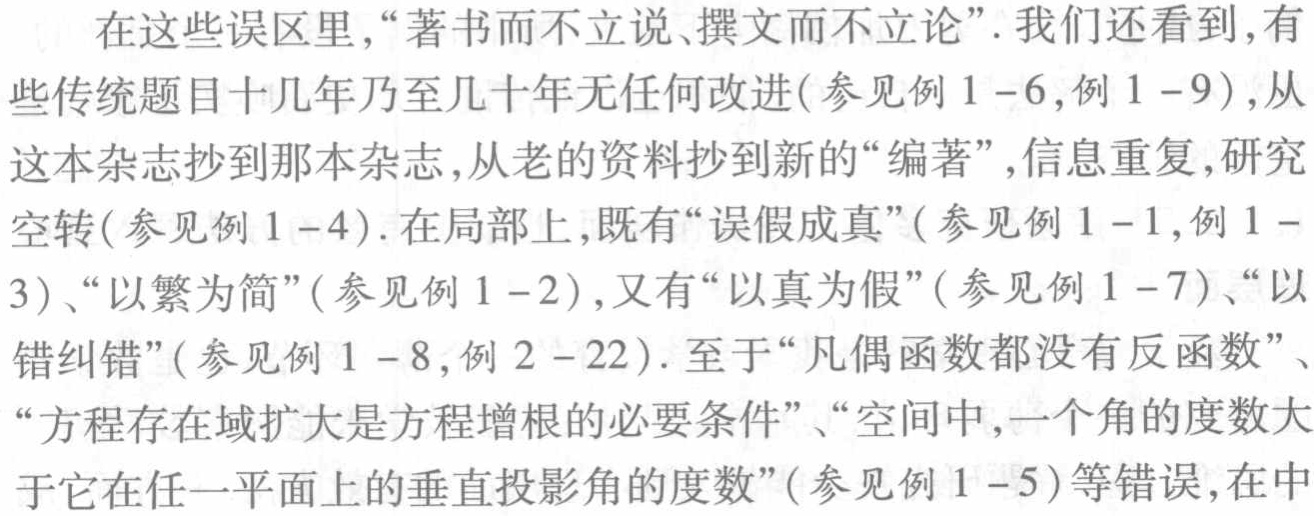
在这些误区里,“著书而不立说、撰文而不立论”. 我们还看到, 有些传统题目十几年乃至几十年无任何改进(参见例 1 - 6,例 1 - 9), 从这本杂志抄到那本杂志, 从老的资料抄到新的“编著”, 信息重复, 研究空转(参见例 1 - 4). 在局部上, 既有“误假成真”(参见例 1 - 1,例 1 - 3)、“以繁为简”(参见例 1 - 2), 又有“以真为假”(参见例 1 - 7)、“以错纠错”(参见例 1 - 8,例 2 - 22). 至于“凡偶函数都没有反函数”、“方程存在域扩大是方程增根的必要条件”、“空间中, 一个角的度数大于它在任一平面上的垂直投影角的度数”(参见例 1 - 5)等错误, 在中